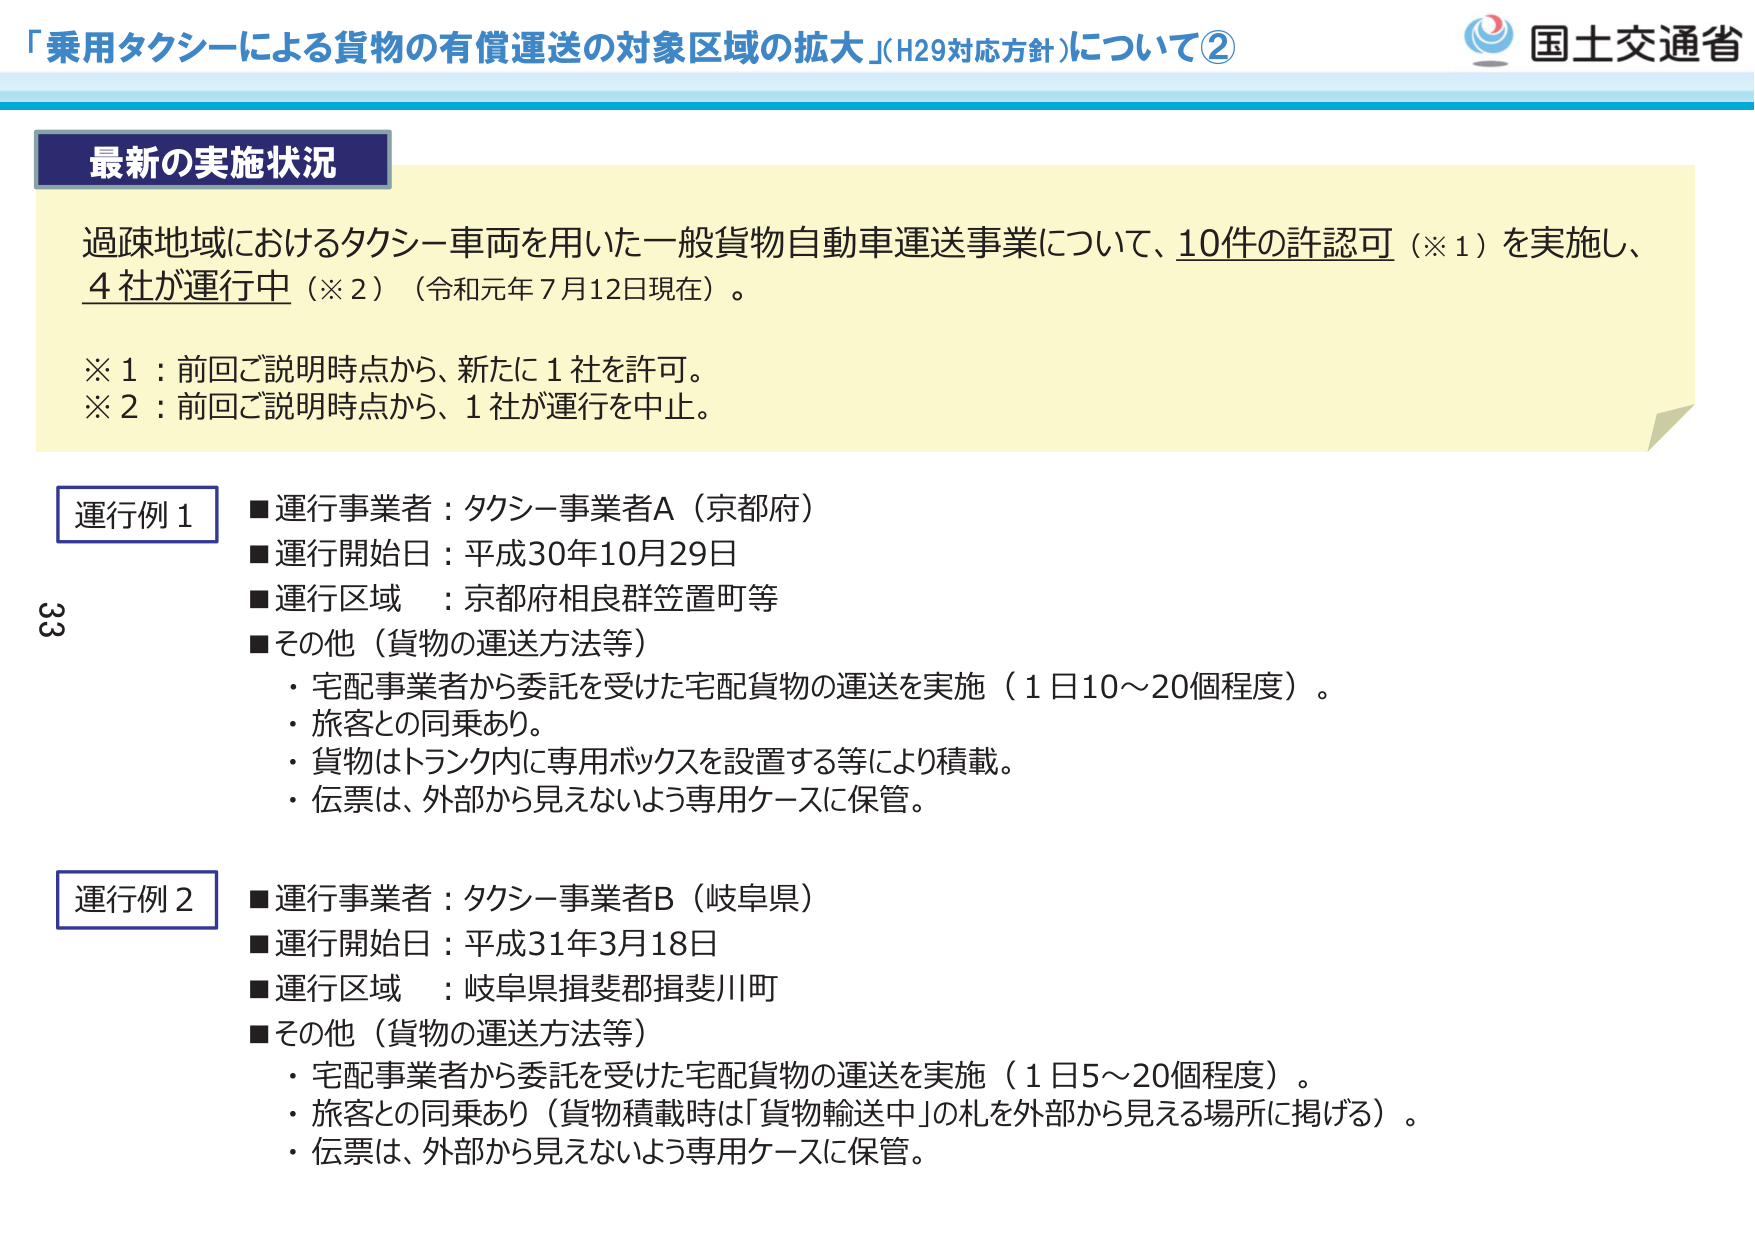
「乗用タクシーによる貨物の有償運送の対象区域の拡大」（H29対応方針）について②
国土交通省

最新の実施状況
過疎地域におけるタクシー車両を用いた一般貨物自動車運送事業について、10件の許認可（※1）を実施し、4社が運行中（※2）（令和元年7月12日現在）。

※1：前回ご説明時点から、新たに1社を許可。
※2：前回ご説明時点から、1社が運行を中止。

運行例1
■運行事業者：タクシー事業者A（京都府）
■運行開始日：平成30年10月29日
■運行区域：京都府相良群笠置町等
■その他（貨物の運送方法等）
・宅配事業者から委託を受けた宅配貨物の運送を実施（1日10～20個程度）。
・旅客との同乗あり。
・貨物はトランク内に専用ボックスを設置する等により積載。
・伝票は、外部から見えないよう専用ケースに保管。

運行例2
■運行事業者：タクシー事業者B（岐阜県）
■運行開始日：平成31年3月18日
■運行区域：岐阜県揖斐郡揖斐川町
■その他（貨物の運送方法等）
・宅配事業者から委託を受けた宅配貨物の運送を実施（1日5～20個程度）。
・旅客との同乗あり（貨物積載時は「貨物輸送中」の札を外部から見える場所に掲げる）。
・伝票は、外部から見えないよう専用ケースに保管。

33